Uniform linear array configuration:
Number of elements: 12
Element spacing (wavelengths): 0.25
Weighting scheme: uniform
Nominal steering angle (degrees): -15
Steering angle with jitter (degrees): -13.642
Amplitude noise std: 0.05
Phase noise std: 0.05

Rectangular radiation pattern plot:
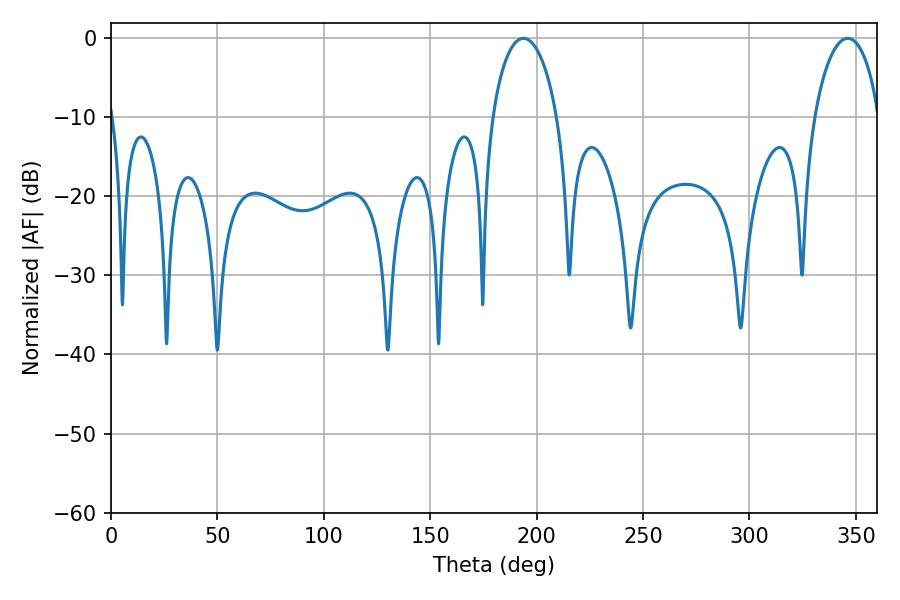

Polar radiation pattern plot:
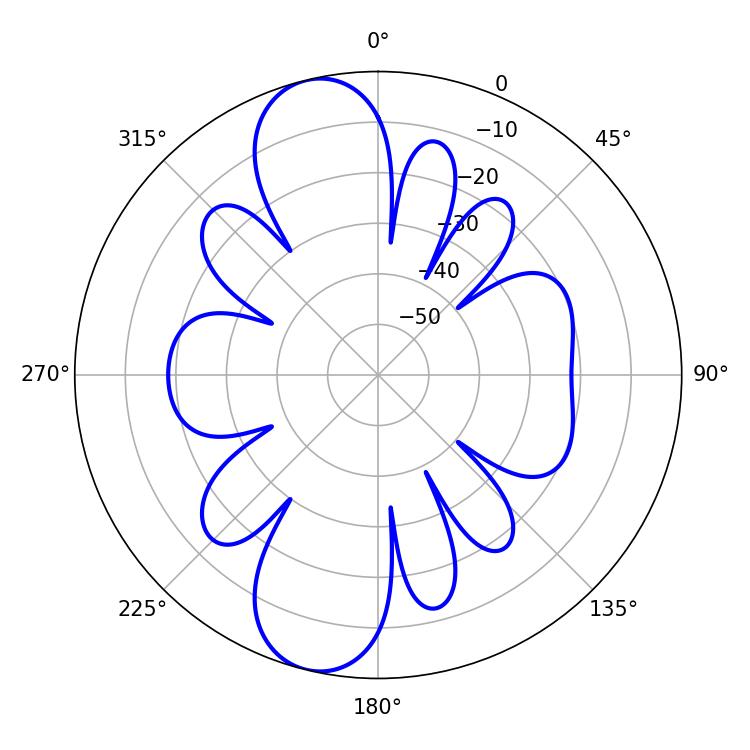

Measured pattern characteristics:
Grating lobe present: FALSE
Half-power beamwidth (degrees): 17.46
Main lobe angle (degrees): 193.86